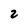
Character: 2